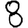
Digit: 8